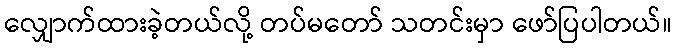
လျှောက်ထားခဲ့တယ်လို့ တပ်မတော် သတင်းမှာ ဖော်ပြပါတယ်။